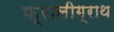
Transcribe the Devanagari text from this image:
फ्रालीग्राथ